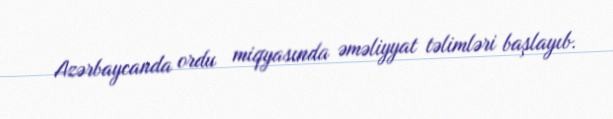
Azərbaycanda ordu miqyasında əməliyyat təlimləri başlayıb.